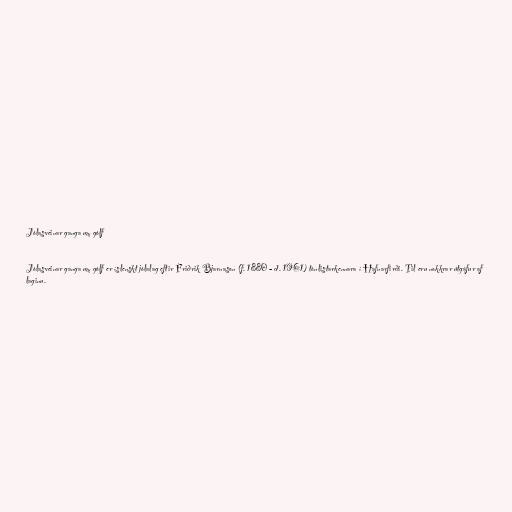
Jólasveinar ganga um gólf

Jólasveinar ganga um gólf er íslenskt jólalag eftir Friðrik Bjarnason (f. 1880 - d. 1961) tónlistarkennara í Hafnarfirði. Til eru nokkrar útgáfur af
laginu.